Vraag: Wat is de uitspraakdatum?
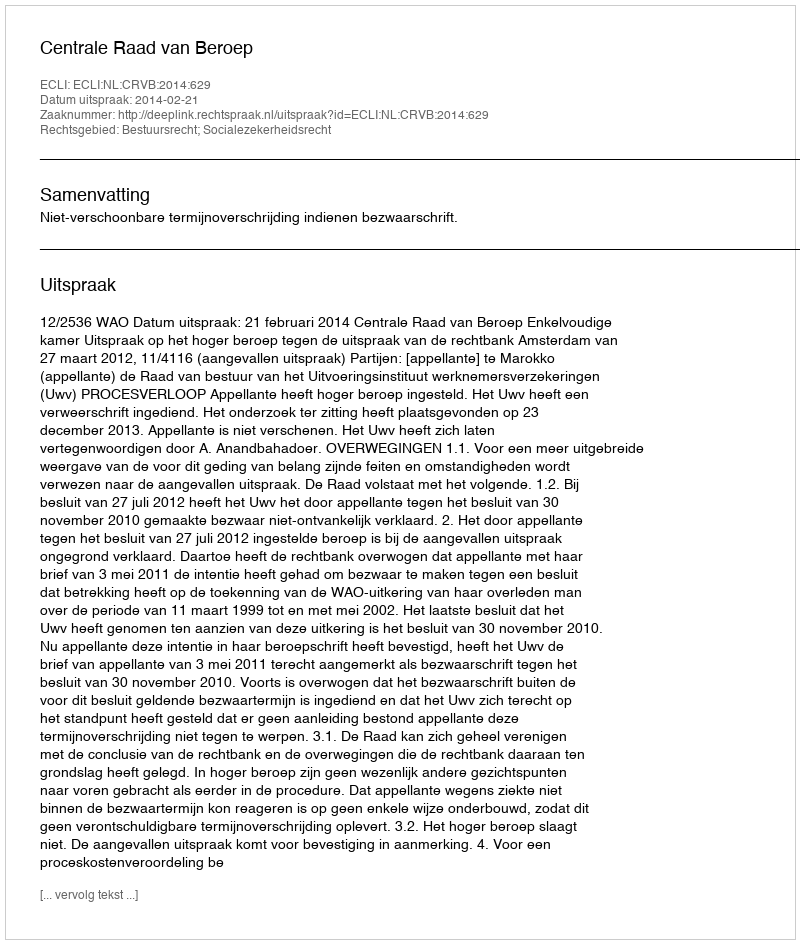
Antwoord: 2014-02-21